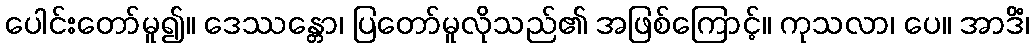
ပေါင်းတော်မူ၍။ ဒေဿန္တော၊ ပြတော်မူလိုသည်၏ အဖြစ်ကြောင့်။ ကုသလာ၊ ပေ။ အာဒိံ၊